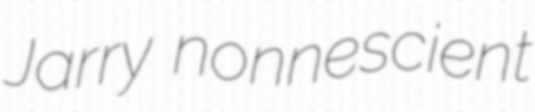
Jarry nonnescient